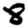
Digit: 8